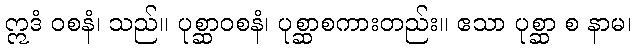
ဣဒံ ဝစနံ၊ သည်။ ပုစ္ဆာဝစနံ၊ ပုစ္ဆာစကားတည်း။ ဧသာ ပုစ္ဆာ စ နာမ၊